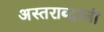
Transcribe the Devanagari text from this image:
अस्तराब्दाली